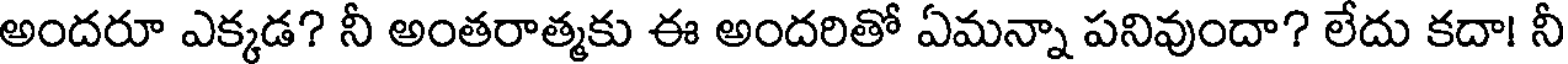
అందరూ ఎక్కడ? నీ అంతరాత్మకు ఈ అందరితో ఏమన్నా పనివుందా? లేదు కదా! నీ